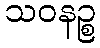
သဝနဉ္စ